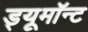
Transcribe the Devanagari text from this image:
ड्यूमॉन्ट